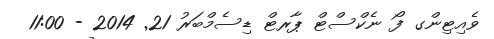
ވެއިޓިންގ ފޯ ނެކްސްޓް ޕާރޓް ޑިސެމްބަރު 21